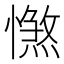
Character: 𢢴